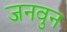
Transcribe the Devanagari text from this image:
जनवुन